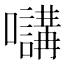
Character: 𡄧